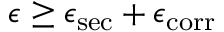
\epsilon \geq \epsilon _ { \mathrm { s e c } } + \epsilon _ { \mathrm { c o r r } }